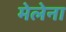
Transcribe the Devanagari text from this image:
मेलेना